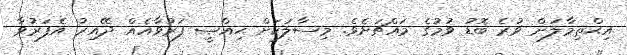
އިޙްތިމާލަށް ވުރެ ބޮޑު ވުމުގެ މައްޗަށެވެ. މިސާލަކަށް ޙިއްޞީ ފަރުވާއެއް ދޭއިރު އެފަރުވާ